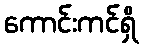
ကောင်းကင်ရှိ